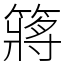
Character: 䉃